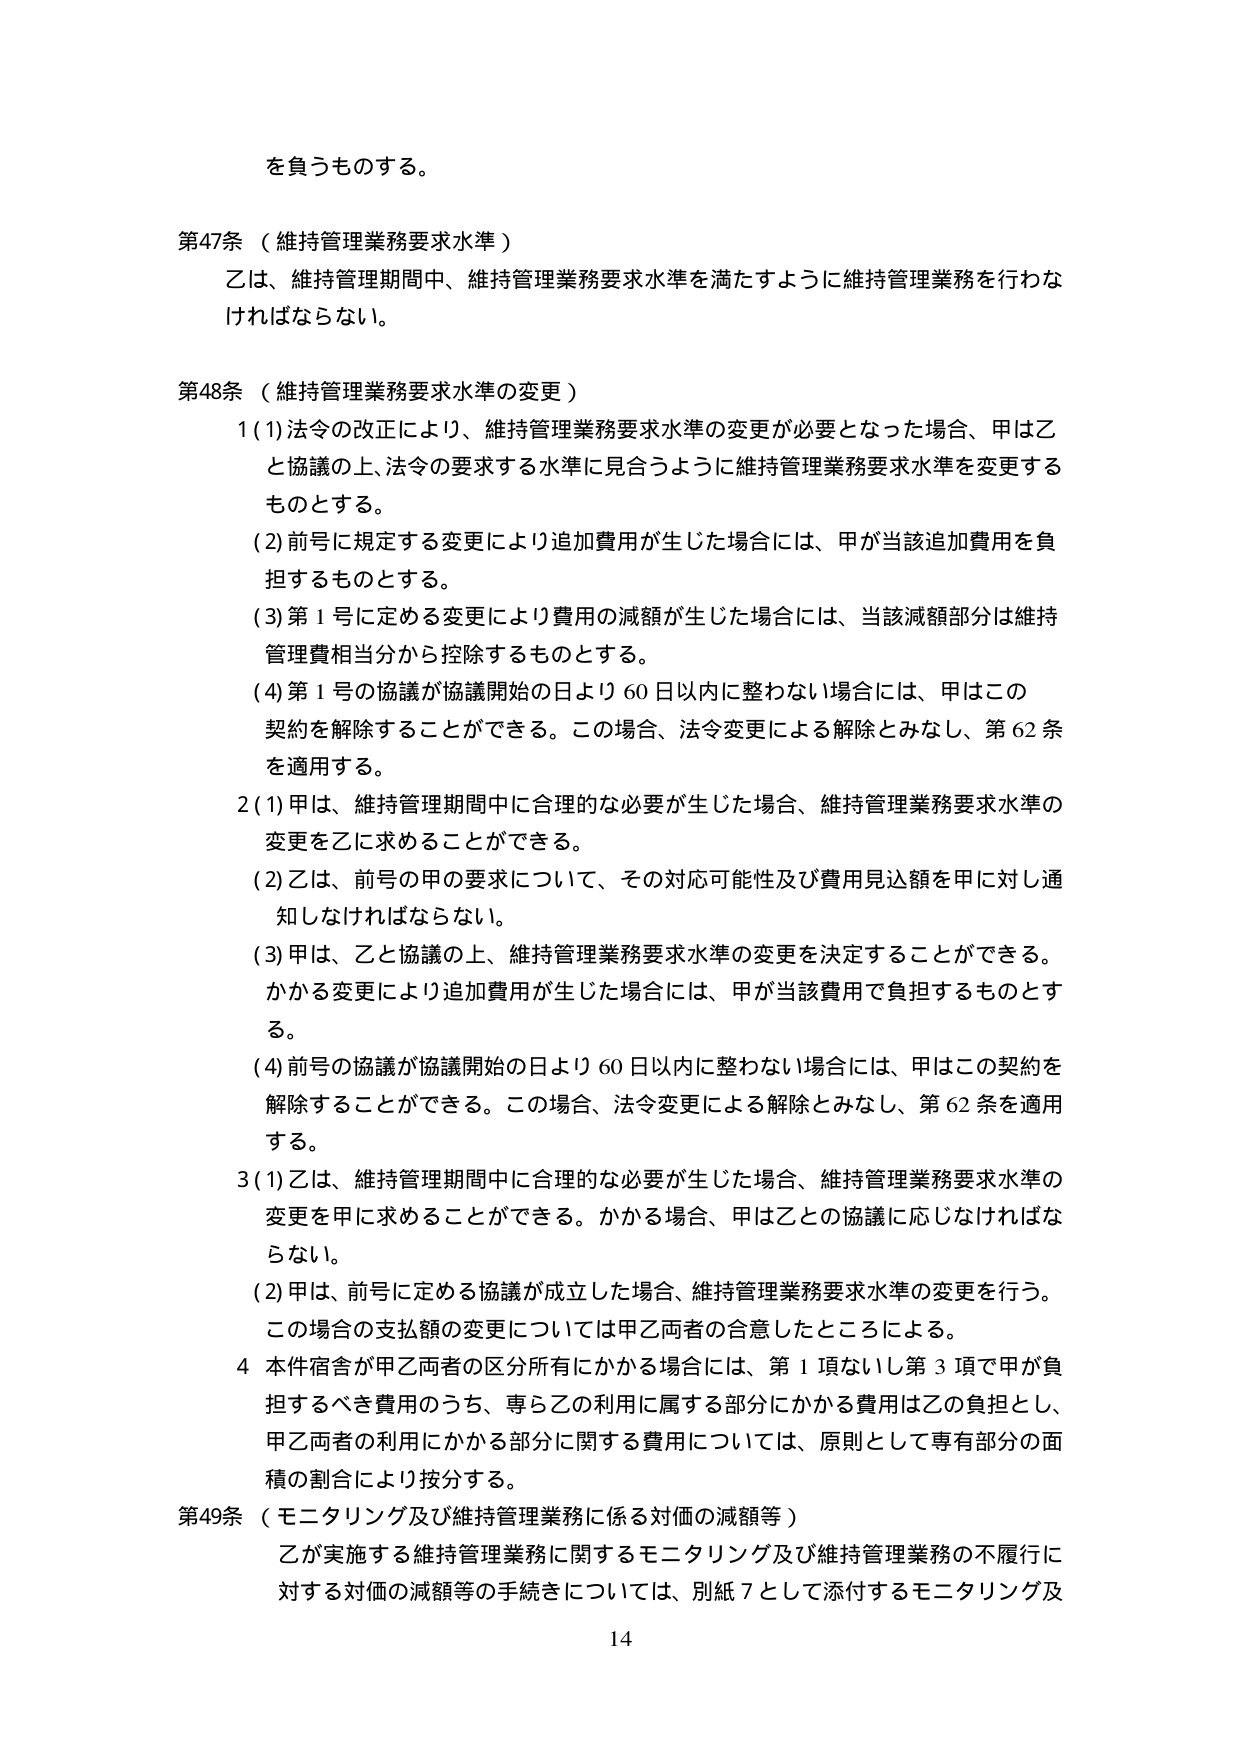
を負うものとする。

第47条（維持管理業務要求水準）
乙は、維持管理期間中、維持管理業務要求水準を満たすように維持管理業務を行わなければならない。

第48条（維持管理業務要求水準の変更）
1 (1) 法令の改正により、維持管理業務要求水準の変更が必要となった場合、甲は乙と協議の上、法令の要求する水準に見合うように維持管理業務要求水準を変更するものとする。
(2) 前号に規定する変更により追加費用が生じた場合には、甲が当該追加費用を負担するものとする。
(3) 第1号に定める変更により費用の減額が生じた場合には、当該減額部分は維持管理費相当分から控除するものとする。
(4) 第1号の協議が協議開始の日より60日以内に整わない場合には、甲はこの契約を解除することができる。この場合、法令変更による解除とみなし、第62条を適用する。

2 (1) 甲は、維持管理期間中に合理的な必要が生じた場合、維持管理業務要求水準の変更を乙に求めることができる。
(2) 乙は、前号の甲の要求について、その対応可能性及び費用見込額を甲に対し通知しなければならない。
(3) 甲は、乙と協議の上、維持管理業務要求水準の変更を決定することができる。かかる変更により追加費用が生じた場合には、甲が当該費用で負担するものとする。
(4) 前号の協議が協議開始の日より60日以内に整わない場合には、甲はこの契約を解除することができる。この場合、法令変更による解除とみなし、第62条を適用する。

3 (1) 乙は、維持管理期間中に合理的な必要が生じた場合、維持管理業務要求水準の変更を甲に求めることができる。かかる場合、甲は乙との協議に応じなければならない。
(2) 甲は、前号に定める協議が成立した場合、維持管理業務要求水準の変更を行う。この場合の支払額の変更については甲乙両者の合意したところによる。

4 本件宿舎が甲乙両者の区分所有にかかる場合には、第1項ないし第3項で甲が負担するべき費用のうち、専ら乙の利用に属する部分にかかる費用は乙の負担とし、甲乙両者の利用にかかる部分に関する費用については、原則として専有部分の面積の割合により按分する。

第49条（モニタリング及び維持管理業務に係る対価の減額等）
乙が実施する維持管理業務に関するモニタリング及び維持管理業務の不履行に対する対価の減額等の手続きについては、別紙7として添付するモニタリング及

14